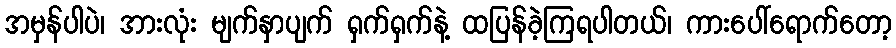
အမှန်ပါပဲ၊ အားလုံး မျက်နှာပျက် ရှက်ရှက်နဲ့ ထပြန်ခဲ့ကြရပါတယ်၊ ကားပေါ်ရောက်တော့